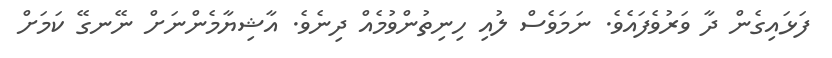
ފަޅައިގެން ދާ ވަރުވެފައެވެ. ނަމަވެސް ލުއި ހިނިތުންވުމެއް ދިނެވެ. އާޝިޔާމެންނަށް ނޭނގޭ ކަމަށް